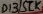
Text: D13/SCK